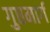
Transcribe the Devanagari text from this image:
गुप्तमार्ग